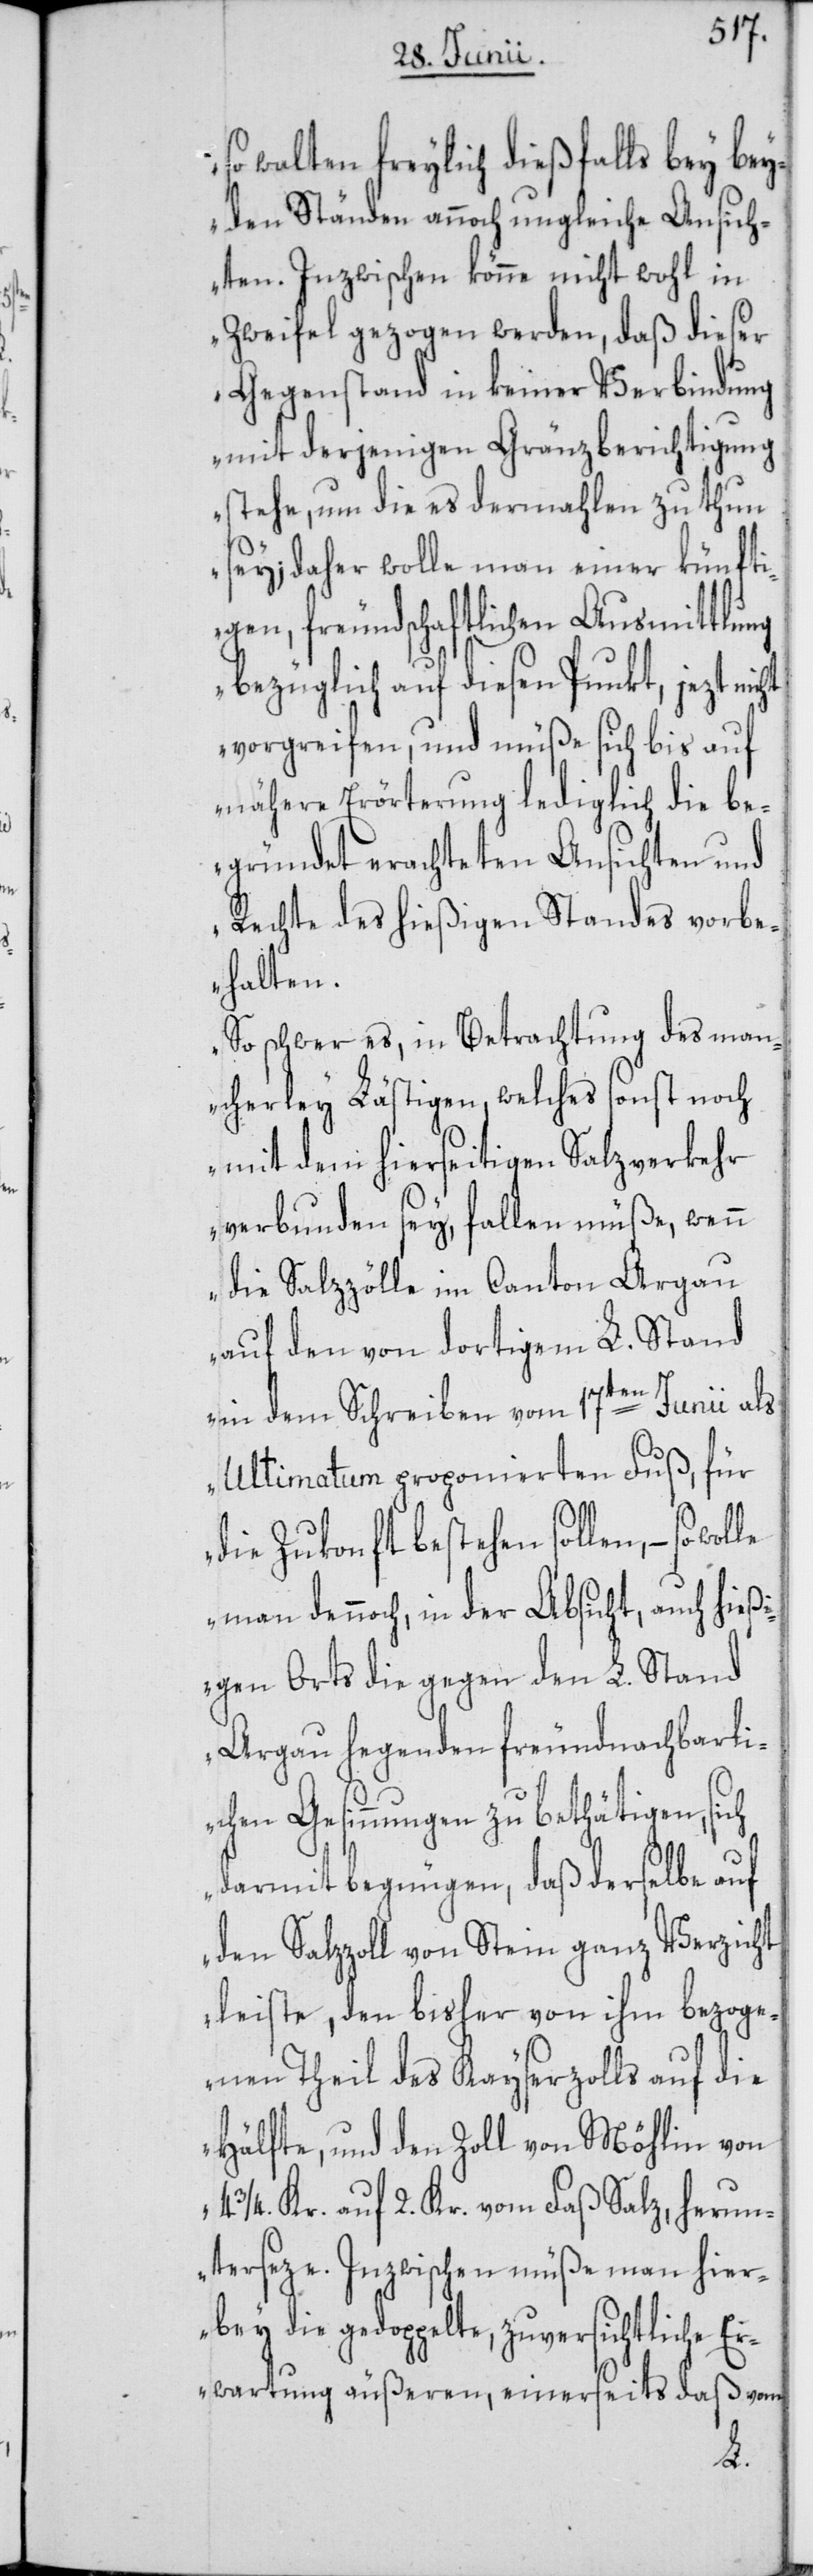
so walten freylich dießfalls bey bey¬
den Ständen annoch ungleiche Ansich¬
ten. Inzwischen könne nicht wohl in
Zweifel gezogen werden, daß dieser
Gegenstand in keiner Verbindung
mit derjenigen Gränzberichtigung
stehe, um die es dermahlen zu thun
sey; daher wolle man einer künfti¬
gen, freundschaftlichen Ausmittlung
bezüglich auf diesen Punkt, jezt nicht
vorgreifen, und müße sich bis auf
nähere Erörterung lediglich die be¬
gründet erachteten Ansichten und
Rechte des hießigen Standes vorbe¬
halten.
So schwer es, in Betrachtung des man¬
cherley Lästigen, welches sonst noch
mit dem hierseitigen Salzverkehr
verbunden sey, fallen müße, wenn
die Salzzölle im Canton Argau
auf den von dortigem L. Stand
in dem Schreiben vom 17ten Junii als
Ultimatum proponierten Fuß, für
die Zukonft bestehen sollen, – so
man dennoch, in der Absicht, auch hießi¬
gen Orts die gegen den L. Stand
Argau hegenden freundnachbarli¬
chen Gesinnungen zu bethätigen, sich
darmit begnügen, daß derselbe auf
den Salzzoll von Stein ganz Verzicht
leiste, den bisher von ihm bezoge¬
nen Theil des Kayserzolls auf die
Hälfte, und den Zoll von Möhlin von
3/4. Kr. auf 2. Kr. vom Faß Salz, herun¬
terseze. Inzwischen müße man hier¬
bey die gedoppelte, zuversichtliche Er¬
wartung äußeren, einerseits daß vom